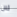
لان